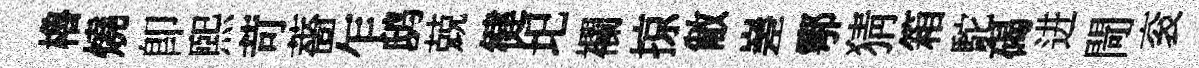
櫓燒即熙苛薔乍鸱兢徤圯襴掠敝嵳鄠猜箱駝碣进閜衮